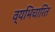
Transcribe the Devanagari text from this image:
व्यभिचारित